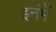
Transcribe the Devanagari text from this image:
इनंमें